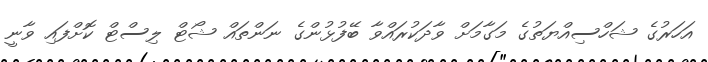
އަހަރުގެ ޝަހްސިއްޔަތުގެ މަގާމަށް ވާދަކުރައްވާ ބޭފުޅުންގެ ނަންތައް ޝޯޓް ލިސްޓް ކޮށްފައި ވާނީ